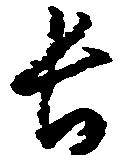
長